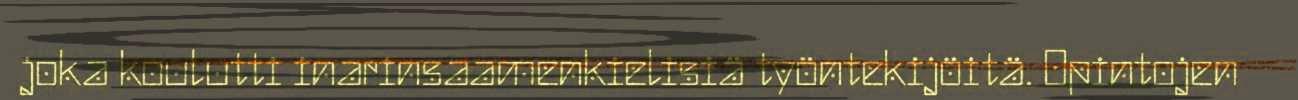
joka koulutti inarinsaamenkielisiä työntekijöitä. Opintojen